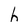
Character: h